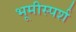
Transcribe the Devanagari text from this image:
भूमीस्पर्श